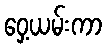
ဝှေ့ယမ်းကာ